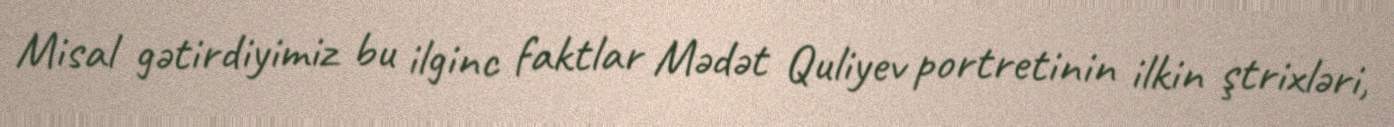
Misal gətirdiyimiz bu ilginc faktlar Mədət Quliyev portretinin ilkin ştrixləri,